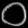
Digit: ၀